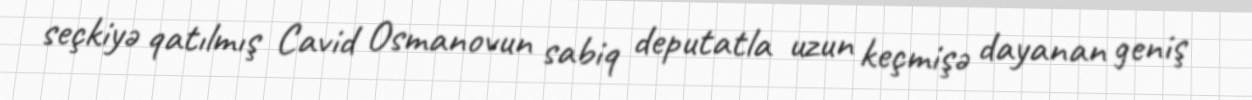
seçkiyə qatılmış Cavid Osmanovun sabiq deputatla uzun keçmişə dayanan geniş